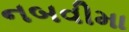
નબવીમા